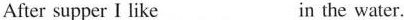
After supper I like in the water。